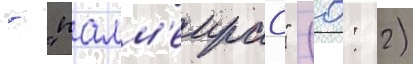
- "палм'еирас" (0: 2)